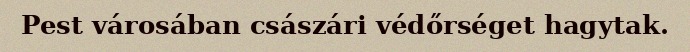
Pest városában császári védőrséget hagytak.